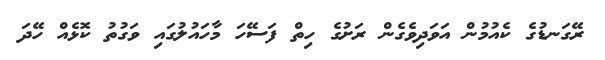
ރޭގަނޑުގެ ކެއުމުން އަވަދިވެގެން ރަށުގެ ހިތް ފަސޭހަ މާހައުލުގައި ވަގުތު ކޮޅެއް ހޭދަ